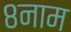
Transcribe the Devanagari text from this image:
८नाम